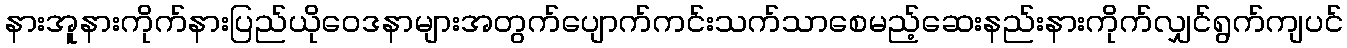
နားအူနားကိုက်နားပြည်ယိုဝေဒနာများအတွက်ပျောက်ကင်းသက်သာစေမည့်ဆေးနည်းနားကိုက်လျှင်ရွက်ကျပင်